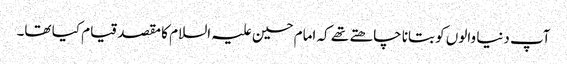
آپ دنیا والوں کو بتانا چاھتے تھے کہ امام حسین علیہ السلام کا مقصد قیام کیا تھا۔